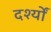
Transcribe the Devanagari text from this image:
दर्श्यों